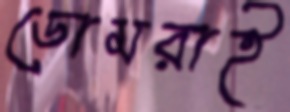
ডোমরাই